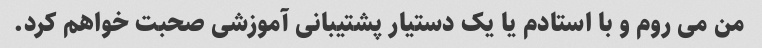
من می روم و با استادم یا یک دستیار پشتیبانی آموزشی صحبت خواهم کرد.